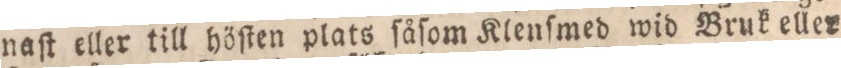
naſt eller till höſten plats ſåſom Klenſmed wid Bruk eller